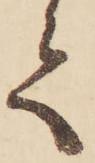
て